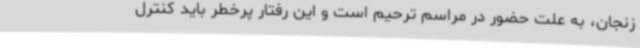
زنجان، به علت حضور در مراسم ترحیم است و این رفتار پرخطر باید کنترل